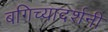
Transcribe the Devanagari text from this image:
बगिच्यादर्शनी